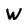
Character: W